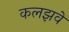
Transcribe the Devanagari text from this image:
कलझवें